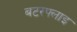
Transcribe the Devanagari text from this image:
बटरफ्लाइ